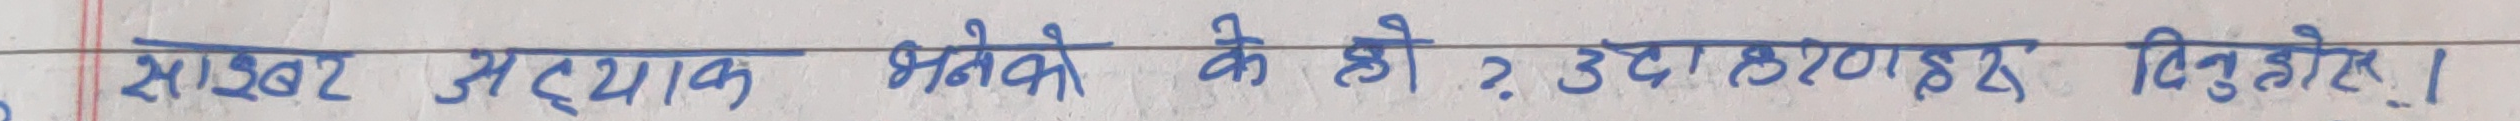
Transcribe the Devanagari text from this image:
शाबर अट्याक भनेको के हो ? उदाहरण दिनुहोस् ।